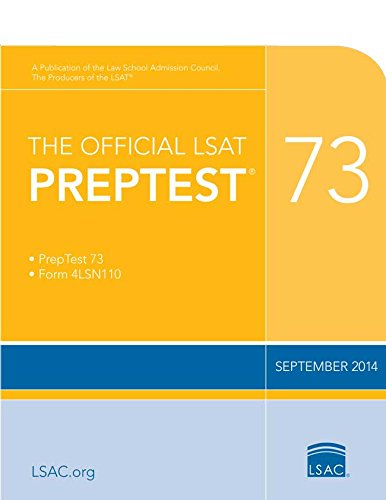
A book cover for The Official LSAT PrepTest 73: (Sept. 2014 LSAT); Law School Admission Council; Test Preparation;